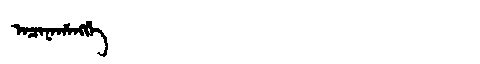
Manchu: ᠠᠴᠠᠨᠠᡥᠠᠩᡤᡝ
Romanization: ACANAHANGGE